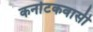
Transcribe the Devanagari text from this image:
कर्नाटकवासी